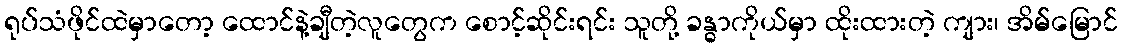
ရုပ်သံဖိုင်ထဲမှာတော့ ထောင်နဲ့ချီတဲ့လူတွေက စောင့်ဆိုင်းရင်း သူတို့ ခန္ဓာကိုယ်မှာ ထိုးထားတဲ့ ကျား၊ အိမ်မြောင်